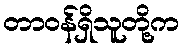
တာဝန်ရှိသူတို့က